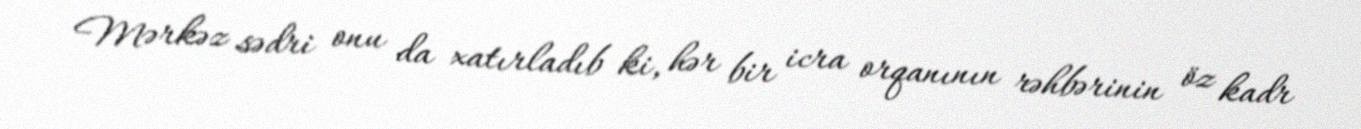
Mərkəz sədri onu da xatırladıb ki, hər bir icra orqanının rəhbərinin öz kadr